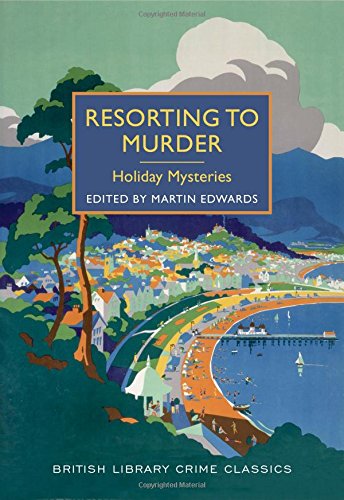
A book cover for Resorting to Murder: Holiday Mysteries: A British Library Crime Classic (British Library Crime Classics); Martin Edwards; Mystery, Thriller & Suspense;